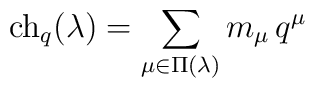
{\rm ch}_q(\lambda)=\sum_{\mu\in\Pi(\lambda)}m_\mu\,q^\mu